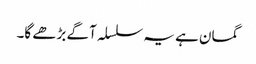
گمان ہے یہ سلسلہ آگے بڑھے گا۔